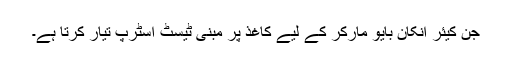
جَن کیئر اِنکان بایو مارکر کے لیے کاغذ پر مبنی ٹیسٹ اسٹرپ تیار کرتا ہے۔